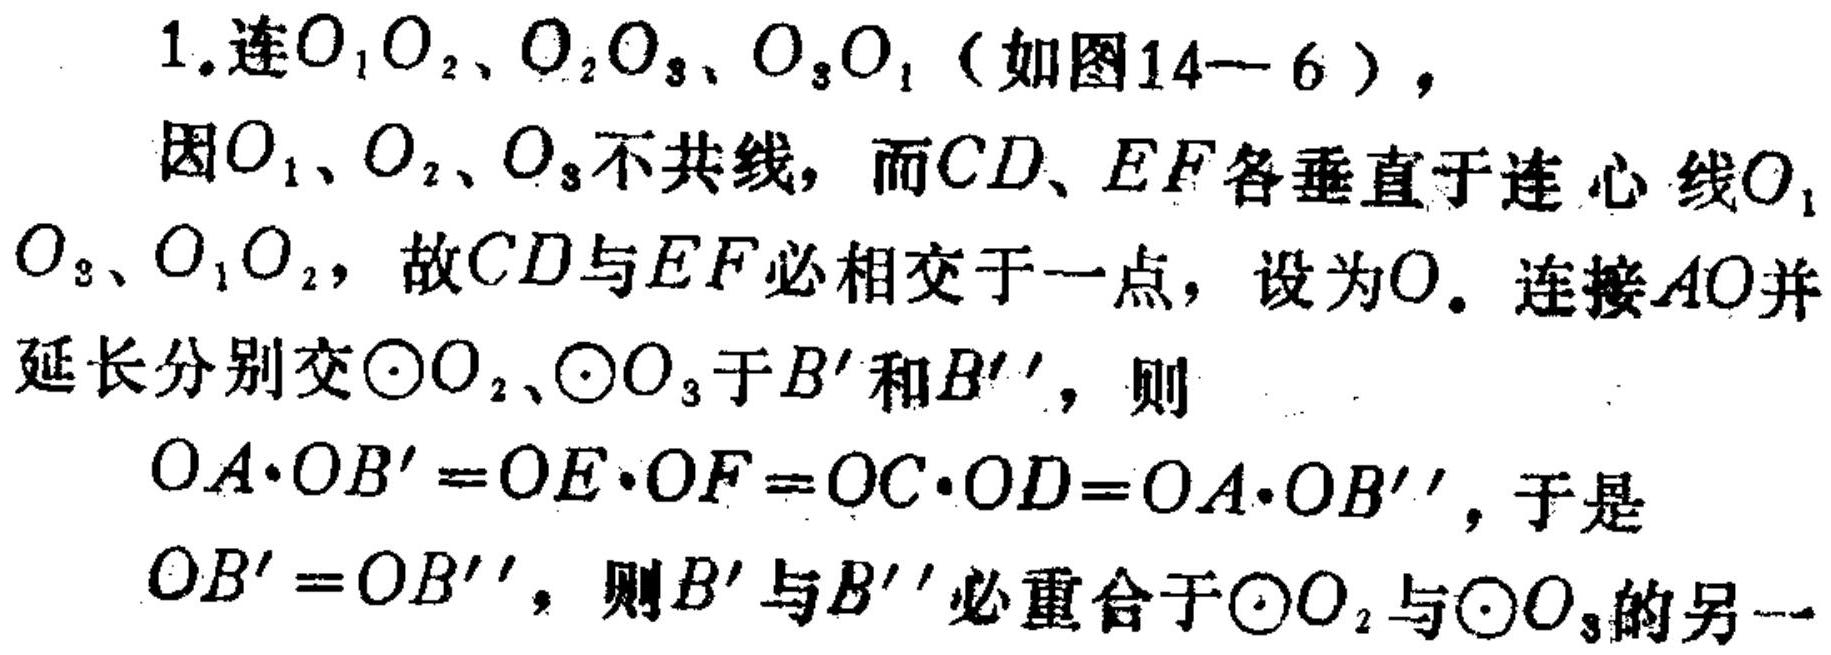
1. 连\(O_{1}O_{2}\)、\(O_{2}O_{3}\)、\(O_{3}O_{1}\)（如图14—6），
因\(O_{1}\)、\(O_{2}\)、\(O_{3}\)不共线，而\(CD\)、\(EF\)各垂直于连心线\(O_{1}O_{3}\)、\(O_{1}O_{2}\)，故\(CD\)与\(EF\)必相交于一点，设为\(O\)。连接\(AO\)并延长分别交\(\odot O_{2}\)、\(\odot O_{3}\)于\(B'\)和\(B''\)，则
\(OA\cdot OB' = OE\cdot OF = OC\cdot OD = OA\cdot OB''\)，于是
\(OB' = OB''\)，则\(B'\)与\(B''\)必重合于\(\odot O_{2}\)与\(\odot O_{3}\)的另一